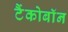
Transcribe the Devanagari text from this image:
टैंकोबाॅन